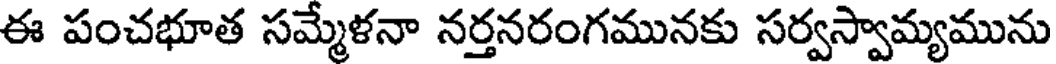
ఈ పంచభూత సమ్మేళనా నర్తనరంగమునకు సర్వస్వామ్యమును